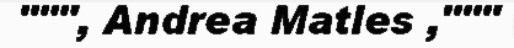
""", Andrea Matles ,"""